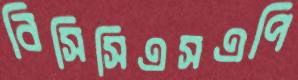
বিসিসিএসএপি